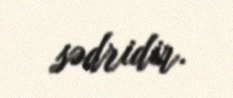
sədridir.